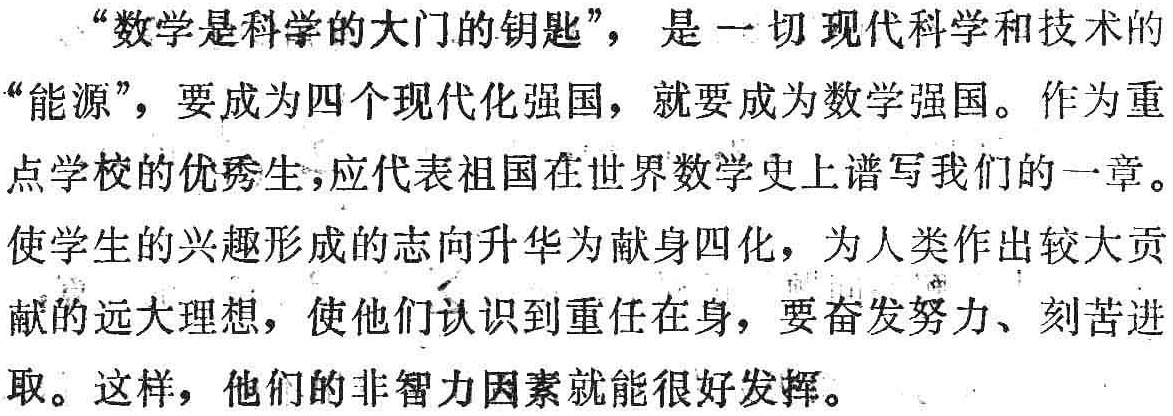
“数学是科学的大门的钥匙”，是一切现代科学和技术的“能源”，要成为四个现代化强国，就要成为数学强国。作为重点学校的优秀生，应代表祖国在世界数学史上谱写我们的一章。使学生的兴趣形成的志向升华为献身四化，为人类作出较大贡献的远大理想，使他们认识到重任在身，要奋发努力、刻苦进取。这样，他们的非智力因素就能很好发挥。